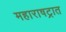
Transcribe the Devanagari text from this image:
महाराषट्रात